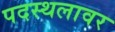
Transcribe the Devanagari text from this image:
पदस्थलावर